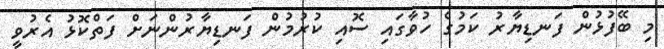
މި ބޭފުޅުން ފަނޑިޔާރު ކަމުގެ ހުވާގައި ސޮއި ކުރުމުން ފަނޑިޔާރުންނަށް ފަތްކޮޅު އެރުވީ